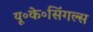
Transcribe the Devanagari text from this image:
यू॰के॰सिंगल्स